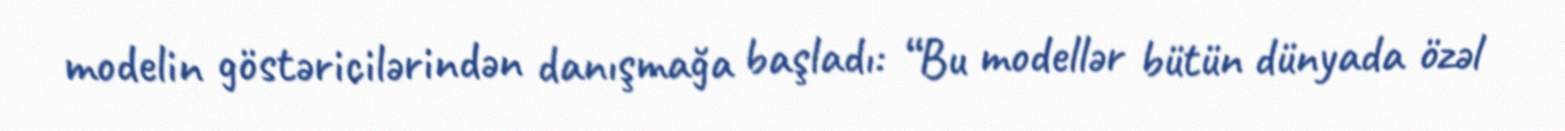
modelin göstəricilərindən danışmağa başladı: “Bu modellər bütün dünyada özəl